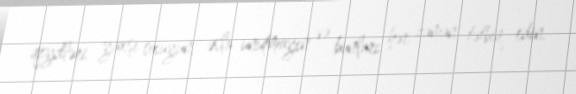
qeydləri yaxşı oxuyun, əsla unutmayın və bunları hər zaman tətbiq edin.